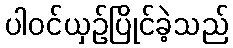
ပါဝင်ယှဉ်ပြိုင်ခဲ့သည်